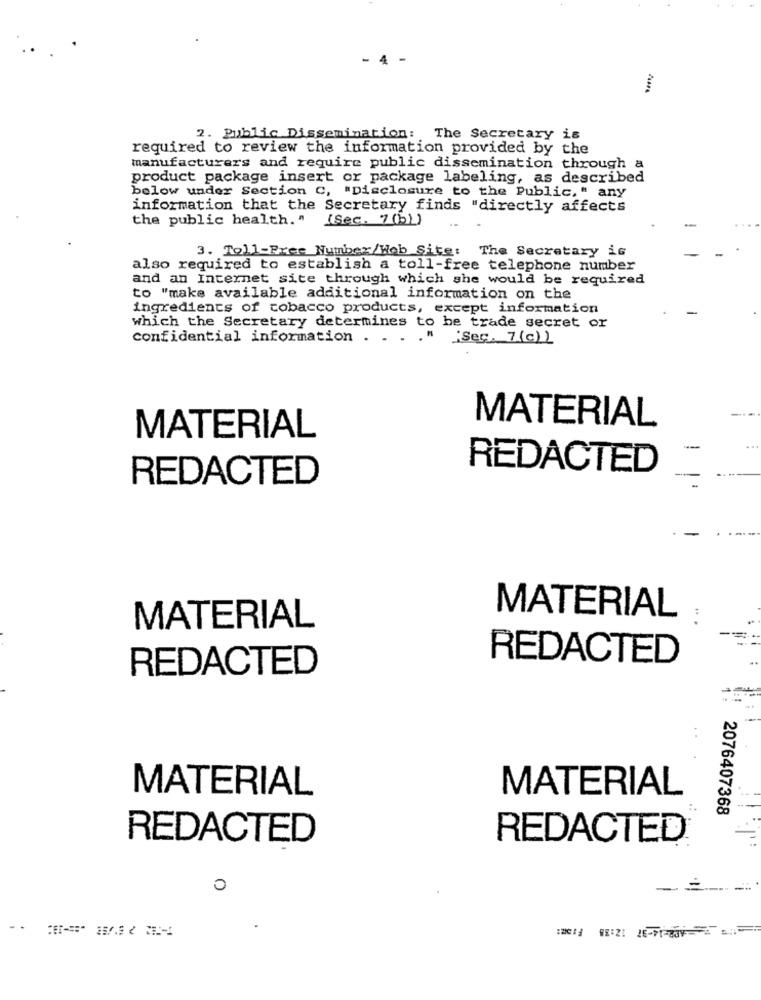
4
2. Public Dissemination: The Secretary is
required to review the information provided by the
manufacturers and require public dissemination through a
product package insert or package labeling, as described
below under Section C, "Disclosure to the Public, " any
information that the Secretary finds "directly affects
the public health. " [Sec. 7 (b)
3. Toll-Free Number/Web Site: The Secretary is
also required to establish a toll-free telephone number
and an Internet site through which she would be required
to "make available additional information on the
ingredients of tobacco products, except information
which the Secretary determines to he trade secret or
confidential information . . .
." :Ses. 7(c) )
MATERIAL
MATERIAL
-
REDACTED
REDACTED
MATERIAL
MATERIAL
REDACTED
REDACTED
MATERIAL
MATERIAL
2076407368
REDACTED
REDACTED
0